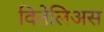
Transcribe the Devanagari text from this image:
वितेलिअस